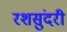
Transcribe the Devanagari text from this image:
रशसुंदरी